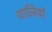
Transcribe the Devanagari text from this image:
शालियों